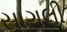
સાગલી